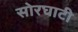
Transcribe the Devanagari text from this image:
सोरघाटी